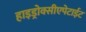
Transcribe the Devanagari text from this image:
हाइड्रोक्सीएपेटाईट